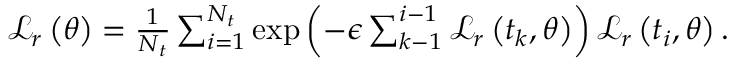
\begin{array} { r } { \mathcal { L } _ { r } \left( \boldsymbol { \theta } \right) = \frac { 1 } { N _ { t } } \sum _ { i = 1 } ^ { N _ { t } } \mathrm { e x p } \left( - \epsilon \sum _ { k - 1 } ^ { i - 1 } \mathcal { L } _ { r } \left( t _ { k } , \boldsymbol { \theta } \right) \right) \mathcal { L } _ { r } \left( t _ { i } , \boldsymbol { \theta } \right) . } \end{array}